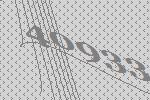
40933